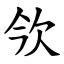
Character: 欦